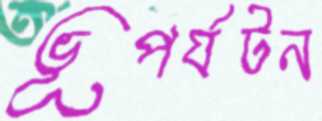
ভূপর্যটন